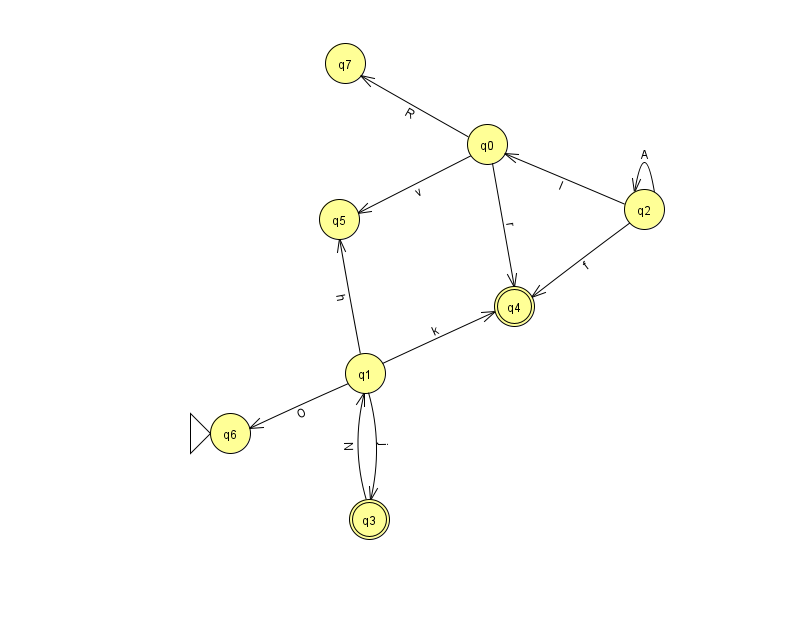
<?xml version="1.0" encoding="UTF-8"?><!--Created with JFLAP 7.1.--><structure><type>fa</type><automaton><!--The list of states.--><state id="0" name="q0"><x>487.0</x><y>131.0</y></state><state id="1" name="q1"><x>365.0</x><y>360.0</y></state><state id="2" name="q2"><x>644.0</x><y>196.0</y></state><state id="3" name="q3"><x>369.0</x><y>506.0</y><final/></state><state id="4" name="q4"><x>514.0</x><y>293.0</y><final/></state><state id="5" name="q5"><x>339.0</x><y>206.0</y></state><state id="6" name="q6"><x>230.0</x><y>420.0</y><initial/></state><state id="7" name="q7"><x>345.0</x><y>50.0</y></state><!--The list of transitions.--><transition><from>2</from><to>2</to><read>A</read></transition><transition><from>1</from><to>6</to><read>O</read></transition><transition><from>2</from><to>4</to><read>f</read></transition><transition><from>0</from><to>5</to><read>v</read></transition><transition><from>1</from><to>4</to><read>k</read></transition><transition><from>2</from><to>0</to><read>l</read></transition><transition><from>1</from><to>3</to><read>j</read></transition><transition><from>0</from><to>7</to><read>R</read></transition><transition><from>0</from><to>4</to><read>r</read></transition><transition><from>1</from><to>5</to><read>h</read></transition><transition><from>3</from><to>1</to><read>N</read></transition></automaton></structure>